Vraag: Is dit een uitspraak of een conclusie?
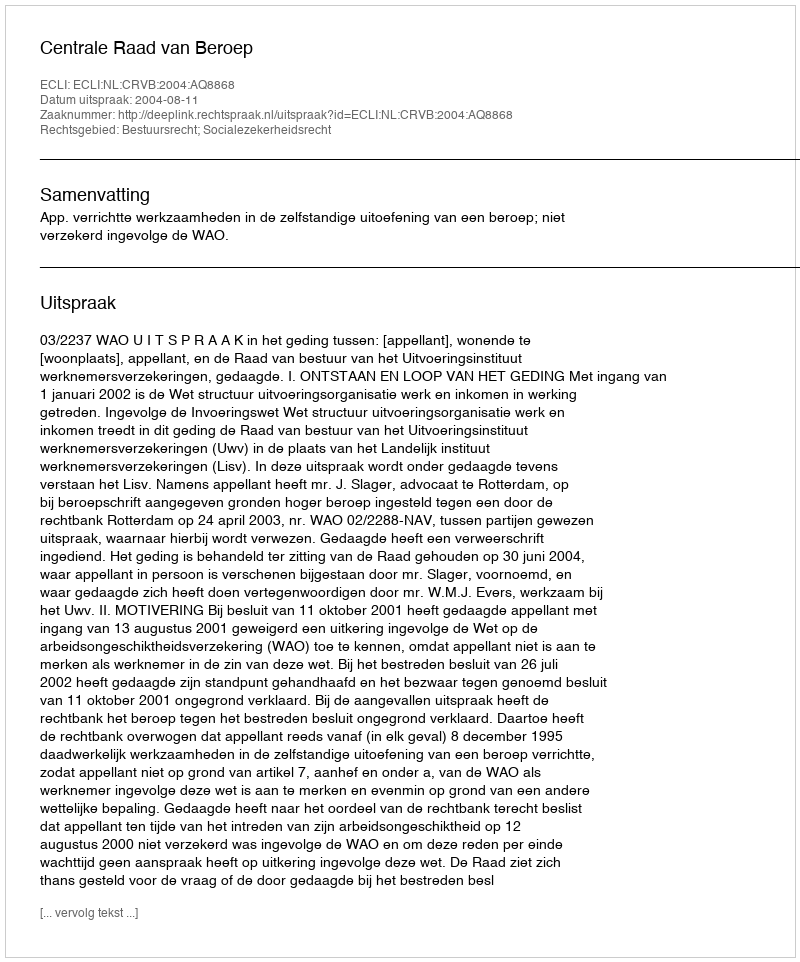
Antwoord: Uitspraak